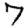
Digit: 7